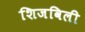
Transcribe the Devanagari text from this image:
शिजविली